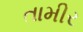
તામીર